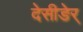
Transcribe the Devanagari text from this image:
देसीङेर्